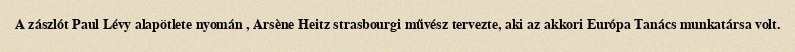
A zászlót Paul Lévy alapötlete nyomán , Arsène Heitz strasbourgi művész tervezte, aki az akkori Európa Tanács munkatársa volt.